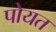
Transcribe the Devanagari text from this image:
पोयत